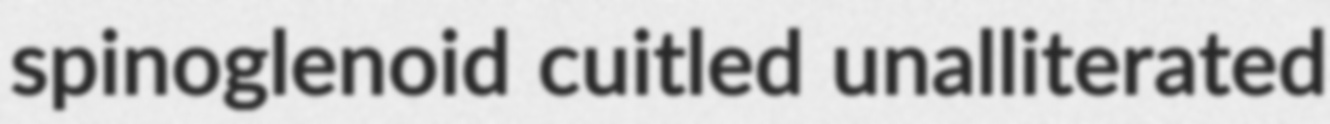
spinoglenoid cuitled unalliterated